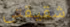
شقيقتى